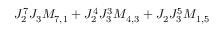
J _ { 2 } ^ { 7 } J _ { 3 } M _ { 7 , 1 } + J _ { 2 } ^ { 4 } J _ { 3 } ^ { 3 } M _ { 4 , 3 } + J _ { 2 } J _ { 3 } ^ { 5 } M _ { 1 , 5 }